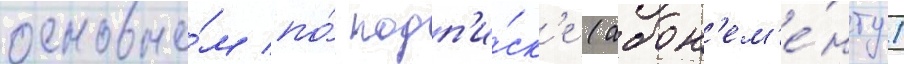
основно́м по́ подп'и́ск'е (абон'ем'е́нту)